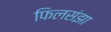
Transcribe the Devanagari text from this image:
फिलसंझा